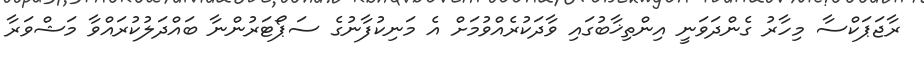
ރާޖަޕަކްސާ މިހާރު ގެންދަވަނީ އިންތިޚާބުގައި ވާދަކުރެއްވުމަށް އެ މަނިކުފާނުގެ ސަޕޯޓަރުންނާ ބައްދަލުކުރައްވާ މަޝްވަރާ